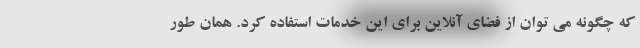
که چگونه می توان از فضای آنلاین برای این خدمات استفاده کرد. همان طور